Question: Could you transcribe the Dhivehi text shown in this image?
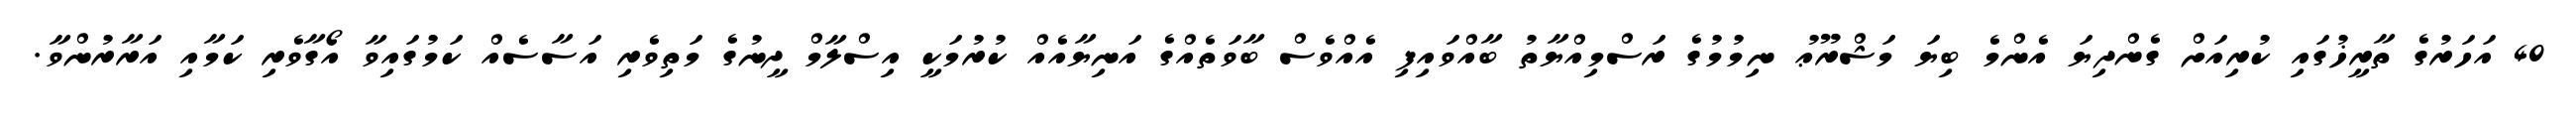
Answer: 40 އަހަރުގެ ތާރީޚުގައި ކުރިއަށް ގެންދިޔަ އެންމެ ބިޔަ މަޝްރޫޢު ނިމުމުގެ ރަސްމިއްޔާތު ބާއްވައިފި އެއްވެސް ބާވަތެއްގެ އަނިޔާއެއް ކުރުމަކީ އިސްލާމް ދީނުގެ މަތިވެރި އަސާސެއް ކަމުގައިވާ އޯގާވެރި ކަމާއި އަރާރުންވާ.